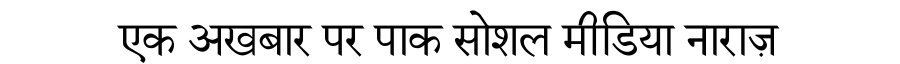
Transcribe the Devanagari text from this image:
एक अखबार पर पाक सोशल मीडिया नाराज़